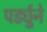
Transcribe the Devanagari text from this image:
पर्ड्युने